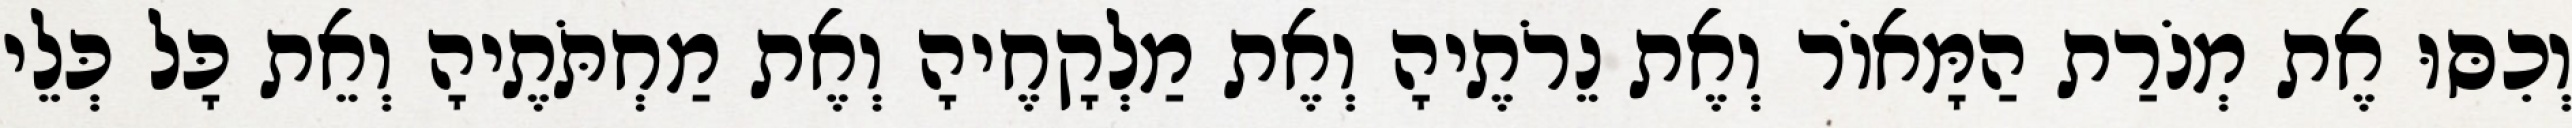
וְכִסּוּ אֶת מְנֹרַת הַמָּאוֹר וְאֶת נֵרֹתֶיהָ וְאֶת מַלְקָחֶיהָ וְאֶת מַחְתֹּתֶיהָ וְאֵת כָּל כְּלֵי